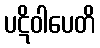
ပဋိဝါပေတိ